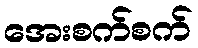
အေးစက်စက်